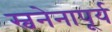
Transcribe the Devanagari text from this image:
स्वनेनापूर्य